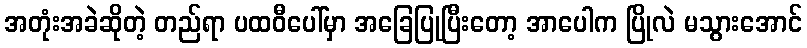
အတုံးအခဲဆိုတဲ့ တည်ရာ ပထဝီပေါ်မှာ အခြေပြုပြီးတော့ အာပေါက ပြိုလဲ မသွားအောင်